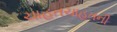
ચાહતચાહતની